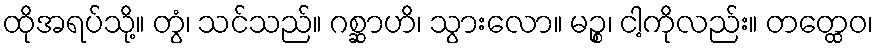
ထိုအရပ်သို့။ တွံ၊ သင်သည်။ ဂစ္ဆာဟိ၊ သွားလော။ မဉ္စ၊ ငါ့ကိုလည်း။ တတ္ထေဝ၊